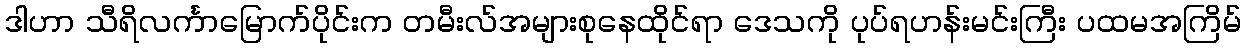
ဒါဟာ သီရိလင်္ကာမြောက်ပိုင်းက တမီးလ်အများစုနေထိုင်ရာ ဒေသကို ပုပ်ရဟန်းမင်းကြီး ပထမအကြိမ်